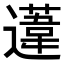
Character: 𨗨